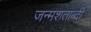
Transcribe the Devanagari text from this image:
जन्‍मशताब्‍दी